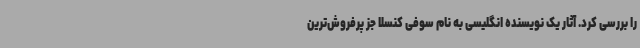
را بررسی کرد. آثار یک نویسنده انگلیسی به نام سوفی کنسلا جز پرفروش‌ترین